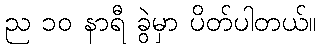
ည ၁၀ နာရီ ခွဲမှာ ပိတ်ပါတယ်။